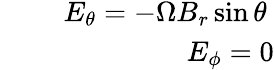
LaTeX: \begin{array}{rlr}{\mathrm{~}}&{{}}&{E_{\theta}=-\Omega B_{r}\sin\theta\mathrm{~}}\\ {\mathrm{~}}&{{}}&{E_{\phi}=0}\end{array}